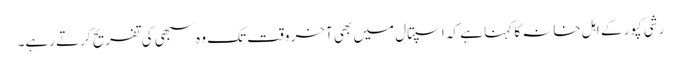
رشی کپور کے اہل خانہ کا کہنا ہے کہ اسپتال میں بھی آخر وقت تک وہ سبھی کی تفریح کرتے رہے۔